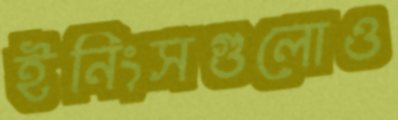
ইনিংসগুলোও